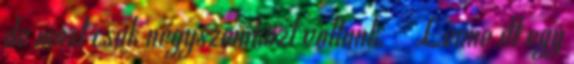
de most csak négyszemközt voltunk. - Lenne itt egy